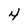
Character: 4